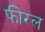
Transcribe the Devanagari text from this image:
फीरल